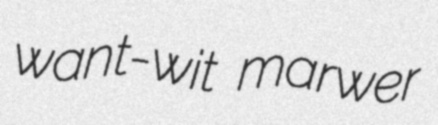
want-wit marwer